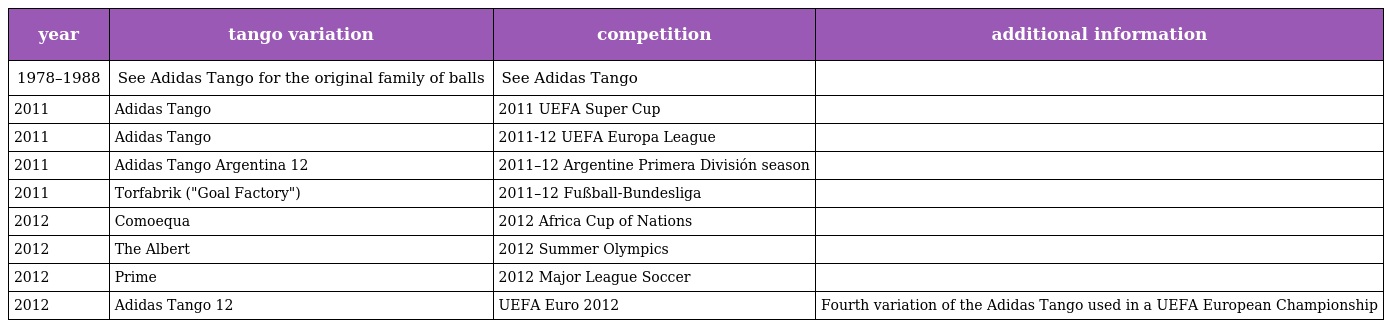
| year | tango variation | competition | additional information |
 | --- | --- | --- | --- |
 | 1978–1988 | See Adidas Tango for the original family of balls | See Adidas Tango |  |
 | 2011 | Adidas Tango | 2011 UEFA Super Cup |  |
 | 2011 | Adidas Tango | 2011-12 UEFA Europa League |  |
 | 2011 | Adidas Tango Argentina 12 | 2011–12 Argentine Primera División season |  |
 | 2011 | Torfabrik ("Goal Factory") | 2011–12 Fußball-Bundesliga |  |
 | 2012 | Comoequa | 2012 Africa Cup of Nations |  |
 | 2012 | The Albert | 2012 Summer Olympics |  |
 | 2012 | Prime | 2012 Major League Soccer |  |
 | 2012 | Adidas Tango 12 | UEFA Euro 2012 | Fourth variation of the Adidas Tango used in a UEFA European Championship |